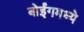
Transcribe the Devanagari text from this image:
बोईंगमध्ये